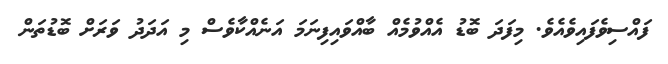
ފައްސިވެފައިވެއެވެ. މިފަދަ ބޮޑު އެއްވުމެއް ބާއްވައިފިނަމަ އަނެއްކާވެސް މި އަދަދު ވަރަށް ބޮޑުތަން